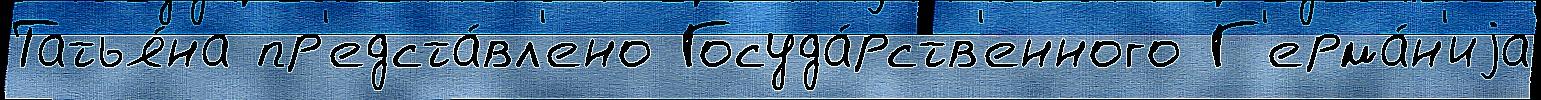
Татья́на пр'едста́вл'ено Госуда́рств'енного Г'ерма́н'иjа